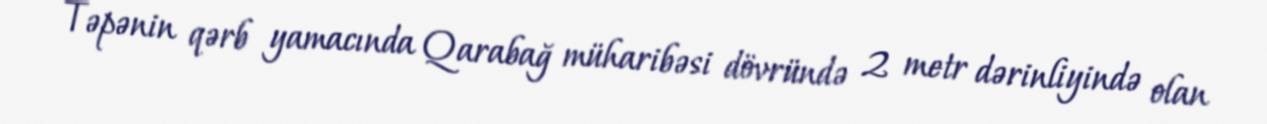
Təpənin qərb yamacında Qarabağ müharibəsi dövründə 2 metr dərinliyində olan